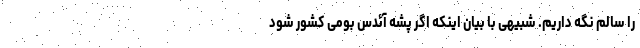
را سالم نگه داریم. شبیهی با بیان اینکه اگر پشه آئدس بومی کشور شود